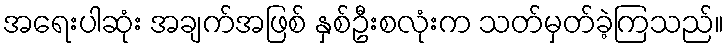
အရေးပါဆုံး အချက်အဖြစ် နှစ်ဦးစလုံးက သတ်မှတ်ခဲ့ကြသည်။